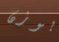
بوزن